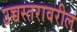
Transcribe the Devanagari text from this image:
उच्चस्तरावरील